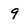
Character: 9